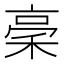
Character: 稁